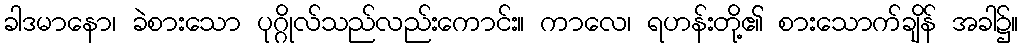
ခါဒမာနော၊ ခဲစားသော ပုဂ္ဂိုလ်သည်လည်းကောင်း။ ကာလေ၊ ရဟန်းတို့၏ စားသောက်ချိန် အခါ၌။